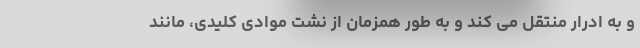
و به ادرار منتقل می کند و به طور همزمان از نشت موادی کلیدی، مانند